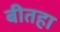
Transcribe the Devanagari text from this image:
बीतहा